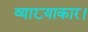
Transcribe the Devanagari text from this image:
व्याख्याकार।